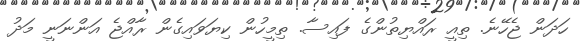
ހަދަން ޖެހޭނެ. ތިއީ ރައްޔިތުންގެ ފައިސާ. ތިމީހުން ކިޔަވައިގެން ރާއްޖެ އަންނަނީ މަދު